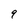
Character: 9